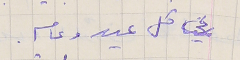
في كل عيد وعام .